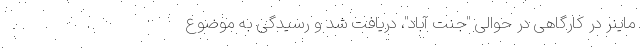
ماینر در کارگاهی در حوالی "جنت آباد"، دریافت شد و رسیدگی به موضوع